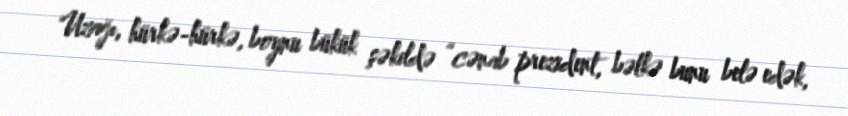
Uzağı, hürkə-hürkə, boynu bükük şəkildə “cənab prezident, bəlkə bunu belə edək,